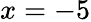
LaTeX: x=-5